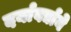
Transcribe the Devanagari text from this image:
दर्यावर्द्याने